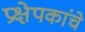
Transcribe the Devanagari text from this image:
प्रक्षेपकांचे